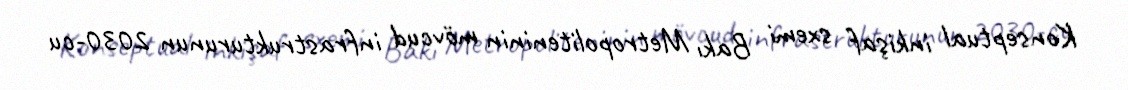
Konseptual inkişaf sxemi Bakı Metropoliteninin mövcud infrastrukturunun 2030-cu